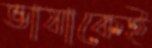
ভাষাকেই